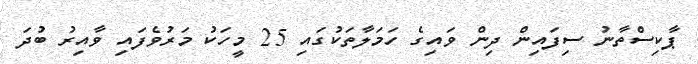
ޕާކިސްތާނު ސިފައިން ދިން ވައިގެ ހަމަލާތަކުގައި 25 މީހަކު މަރުވެފައި ވާއިރު ބުދަ